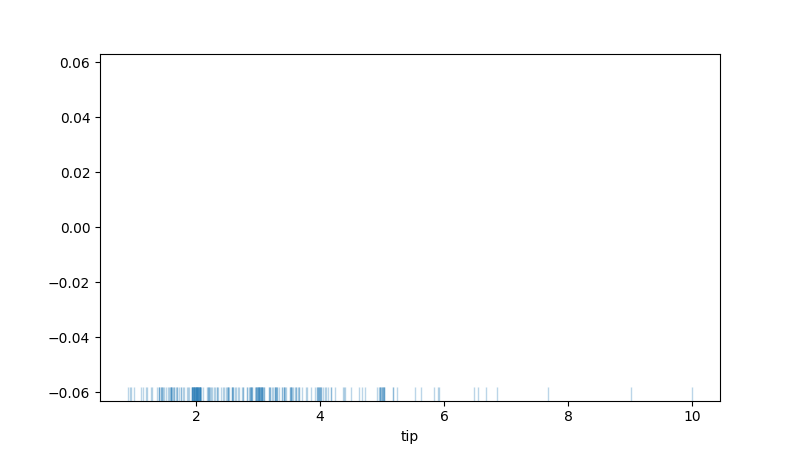
python, seaborn, rugplot, height=0.04, axis='x', alpha=0.3